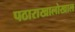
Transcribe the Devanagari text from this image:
पठाराखालोखाल